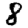
Digit: 8